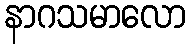
နာဂသမာလော